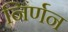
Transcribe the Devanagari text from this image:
निर्णन